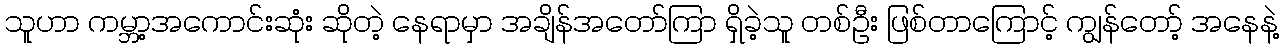
သူဟာ ကမ္ဘာ့အကောင်းဆုံး ဆိုတဲ့ နေရာမှာ အချိန်အတော်ကြာ ရှိခဲ့သူ တစ်ဦး ဖြစ်တာကြောင့် ကျွန်တော့် အနေနဲ့